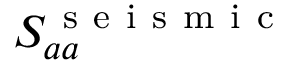
S _ { a a } ^ { \mathrm { ~ s ~ e ~ i ~ s ~ m ~ i ~ c ~ } }